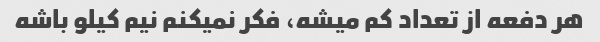
هر دفعه از تعداد کم میشه، فکر نمیکنم نیم کیلو باشه